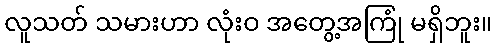
လူသတ် သမားဟာ လုံးဝ အတွေ့အကြုံ မရှိဘူး။